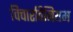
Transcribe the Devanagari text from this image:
विचारविनियम